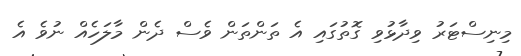
މިނިސްޓަރު ވިދާޅުވި ގޮތުގައި އެ ތަންތަން ވެސް ދެން މާލަހެއް ނުވެ އެ